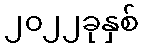
၂၀၂၂ခုနှစ်